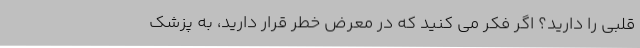
قلبی را دارید؟ اگر فکر می کنید که در معرض خطر قرار دارید، به پزشک